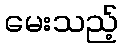
မေးသည့်